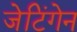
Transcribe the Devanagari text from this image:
जेटिंगेन